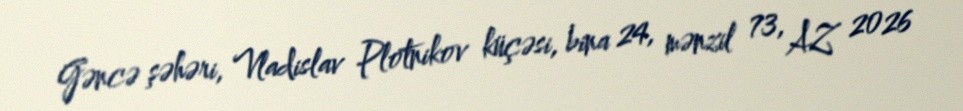
Gəncə şəhəri, Vladislav Plotnikov küçəsi, bina 24, mənzil 73, AZ 2026